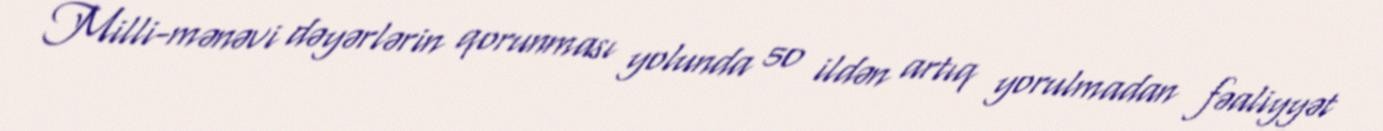
Milli-mənəvi dəyərlərin qorunması yolunda 50 ildən artıq yorulmadan fəaliyyət